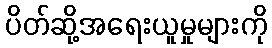
ပိတ်ဆို့အရေးယူမှုများကို